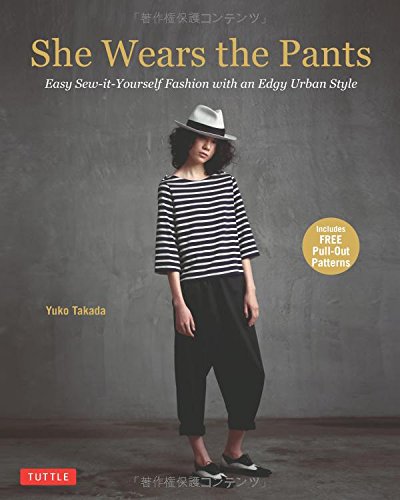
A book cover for She Wears the Pants: Easy Sew-it-Yourself Fashion with an Edgy Urban Style; Yuko Takada; Arts & Photography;